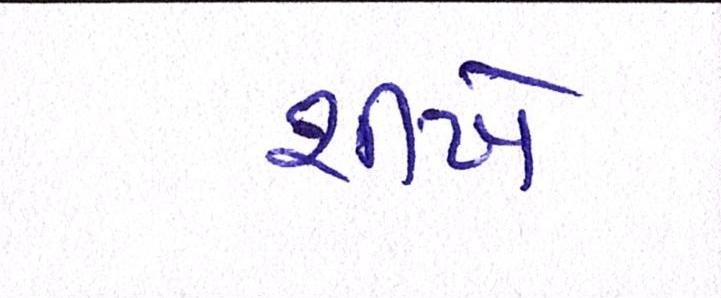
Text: શીખે